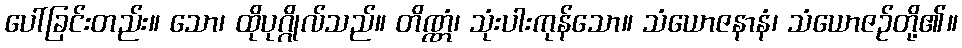
ပေါ်ခြင်းတည်း။ သော၊ ထိုပုဂ္ဂိုလ်သည်။ တိဏ္ဏံ၊ သုံးပါးကုန်သော။ သံယောဇနာနံ၊ သံယောဇဉ်တို့၏။